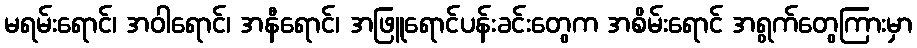
မရမ်းရောင်၊ အဝါရောင်၊ အနီရောင်၊ အဖြူရောင်ပန်းခင်းတွေက အစိမ်းရောင် အရွက်တွေကြားမှာ